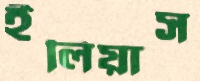
ইলিয়াস